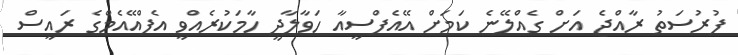
ފުރުސަތު ރާއްޖެ އަށް ގެއްލޭނެ ކަމަށް އޭއެފްސީއާ ހަވާލާދީ ހާމަކުރެއްވީ އެފްއޭއެމްގެ ރައީސް